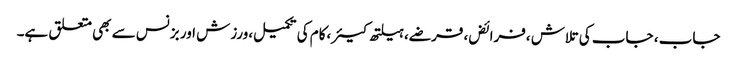
جاب ، جاب کی تلاش ،فرائض، قرضے، ہیلتھ کیئر،کام کی تکمیل،ورزش اور بزنس سے بھی متعلق ہے۔